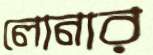
লোনার